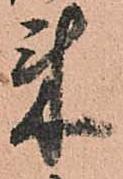
来